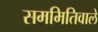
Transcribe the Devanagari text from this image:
सममितिवाले